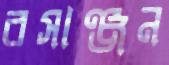
রসাঞ্জন